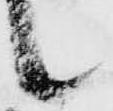
候